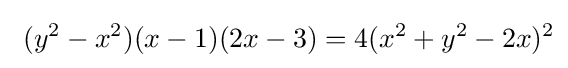
\ (y^{2}-x^{2})(x-1)(2x-3)=4(x^{2}+y^{2}-2x)^{2}